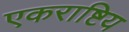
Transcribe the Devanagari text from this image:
एकराष्टिय